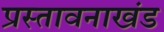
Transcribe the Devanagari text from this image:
प्रस्तावनाखंड